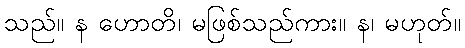
သည်။ န ဟောတိ၊ မဖြစ်သည်ကား။ န၊ မဟုတ်။